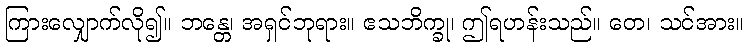
ကြားလျှောက်လို၍။ ဘန္တေ၊ အရှင်ဘုရား။ ဧသဘိက္ခု၊ ဤရဟန်းသည်။ တေ၊ သင်အား။